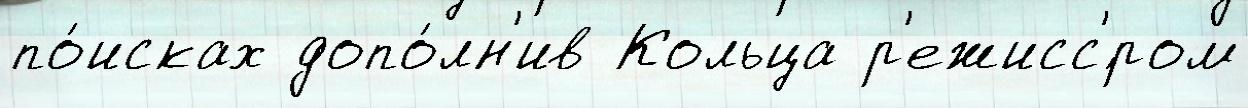
по́исках допо́лн'ив Кольца р'ежисс'́ром